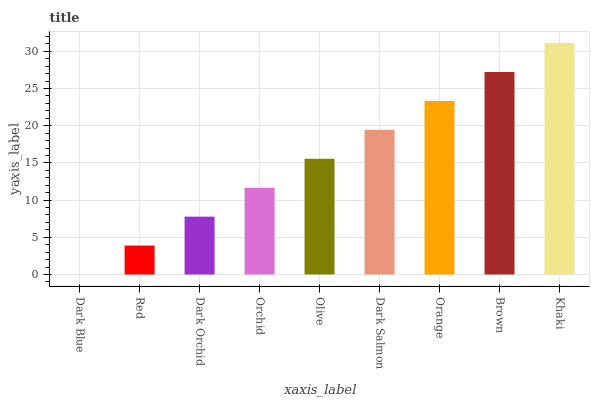
| xaxis_label | bars |
 | --- | --- |
 | Dark Blue | 0 |
 | Red | 3.89 |
 | Dark Orchid | 7.78 |
 | Orchid | 11.7 |
 | Olive | 15.6 |
 | Dark Salmon | 19.4 |
 | Orange | 23.3 |
 | Brown | 27.2 |
 | Khaki | 31.1 |